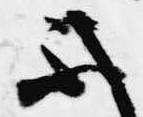
不